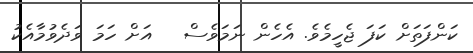
ކަންފަތަށް ކަފަ ޖެހީމެވެ. އެހެން ނަމަވެސް   އަށް ހަމަ ވަދެވުމާއެކު